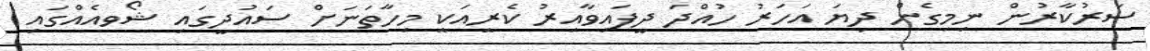
ސަރުކާރުން ނިމިގެން ދިޔަ އަހަރު ހުއްދަ ދީފައިވާއިރު ކެރީއަކީ މިހާތަނަށް ސައުދީގައި ޝޯވއެއްގައި